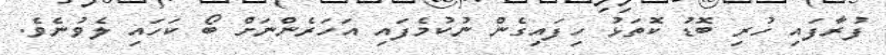
ފުރާފައި ހުރި ބޮޑު ކޮތަޅު ހިފައިގެން ނުކުމެފައި އަހަރެންނަށް ބޯ ކަހައި ލެވުނެވެ.